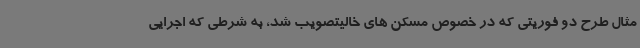
مثال طرح دو فوریتی که در خصوص مسکن های خالیتصویب شد، به شرطی که اجرایی